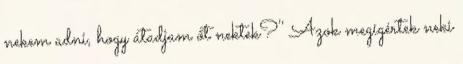
nekem adni, hogy átadjam őt nektek?'' Azok megígértek neki